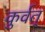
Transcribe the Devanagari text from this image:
कुर्वत्